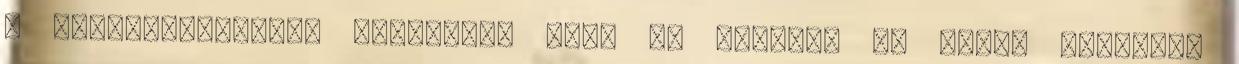
a leaderboardokat leshetjük meg. Ha esetleg az előbb említett